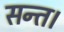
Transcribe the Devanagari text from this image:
सन्त।